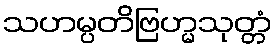
သဟမ္ပတိဗြဟ္မသုတ္တံ